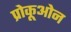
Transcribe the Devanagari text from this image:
प्रोकूओन